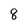
Character: 8